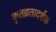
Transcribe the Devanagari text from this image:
कृतज्ञतादर्शक